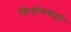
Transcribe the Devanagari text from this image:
सिन्ड्रोमकहते